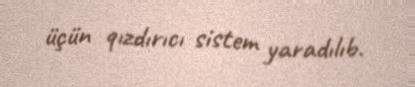
üçün qızdırıcı sistem yaradılıb.